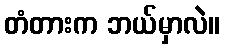
တံတားက ဘယ်မှာလဲ။